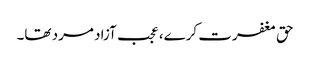
حق مغفرت کرے، عجب آزاد مرد تھا۔